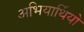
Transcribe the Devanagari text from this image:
अभियार्थियो